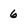
Character: 6